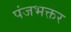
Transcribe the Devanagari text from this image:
पंजभक्तर